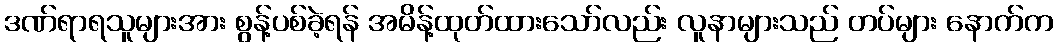
ဒဏ်ရာရသူများအား စွန့်ပစ်ခဲ့ရန် အမိန့်ထုတ်ထားသော်လည်း လူနာများသည် တပ်များ နောက်က